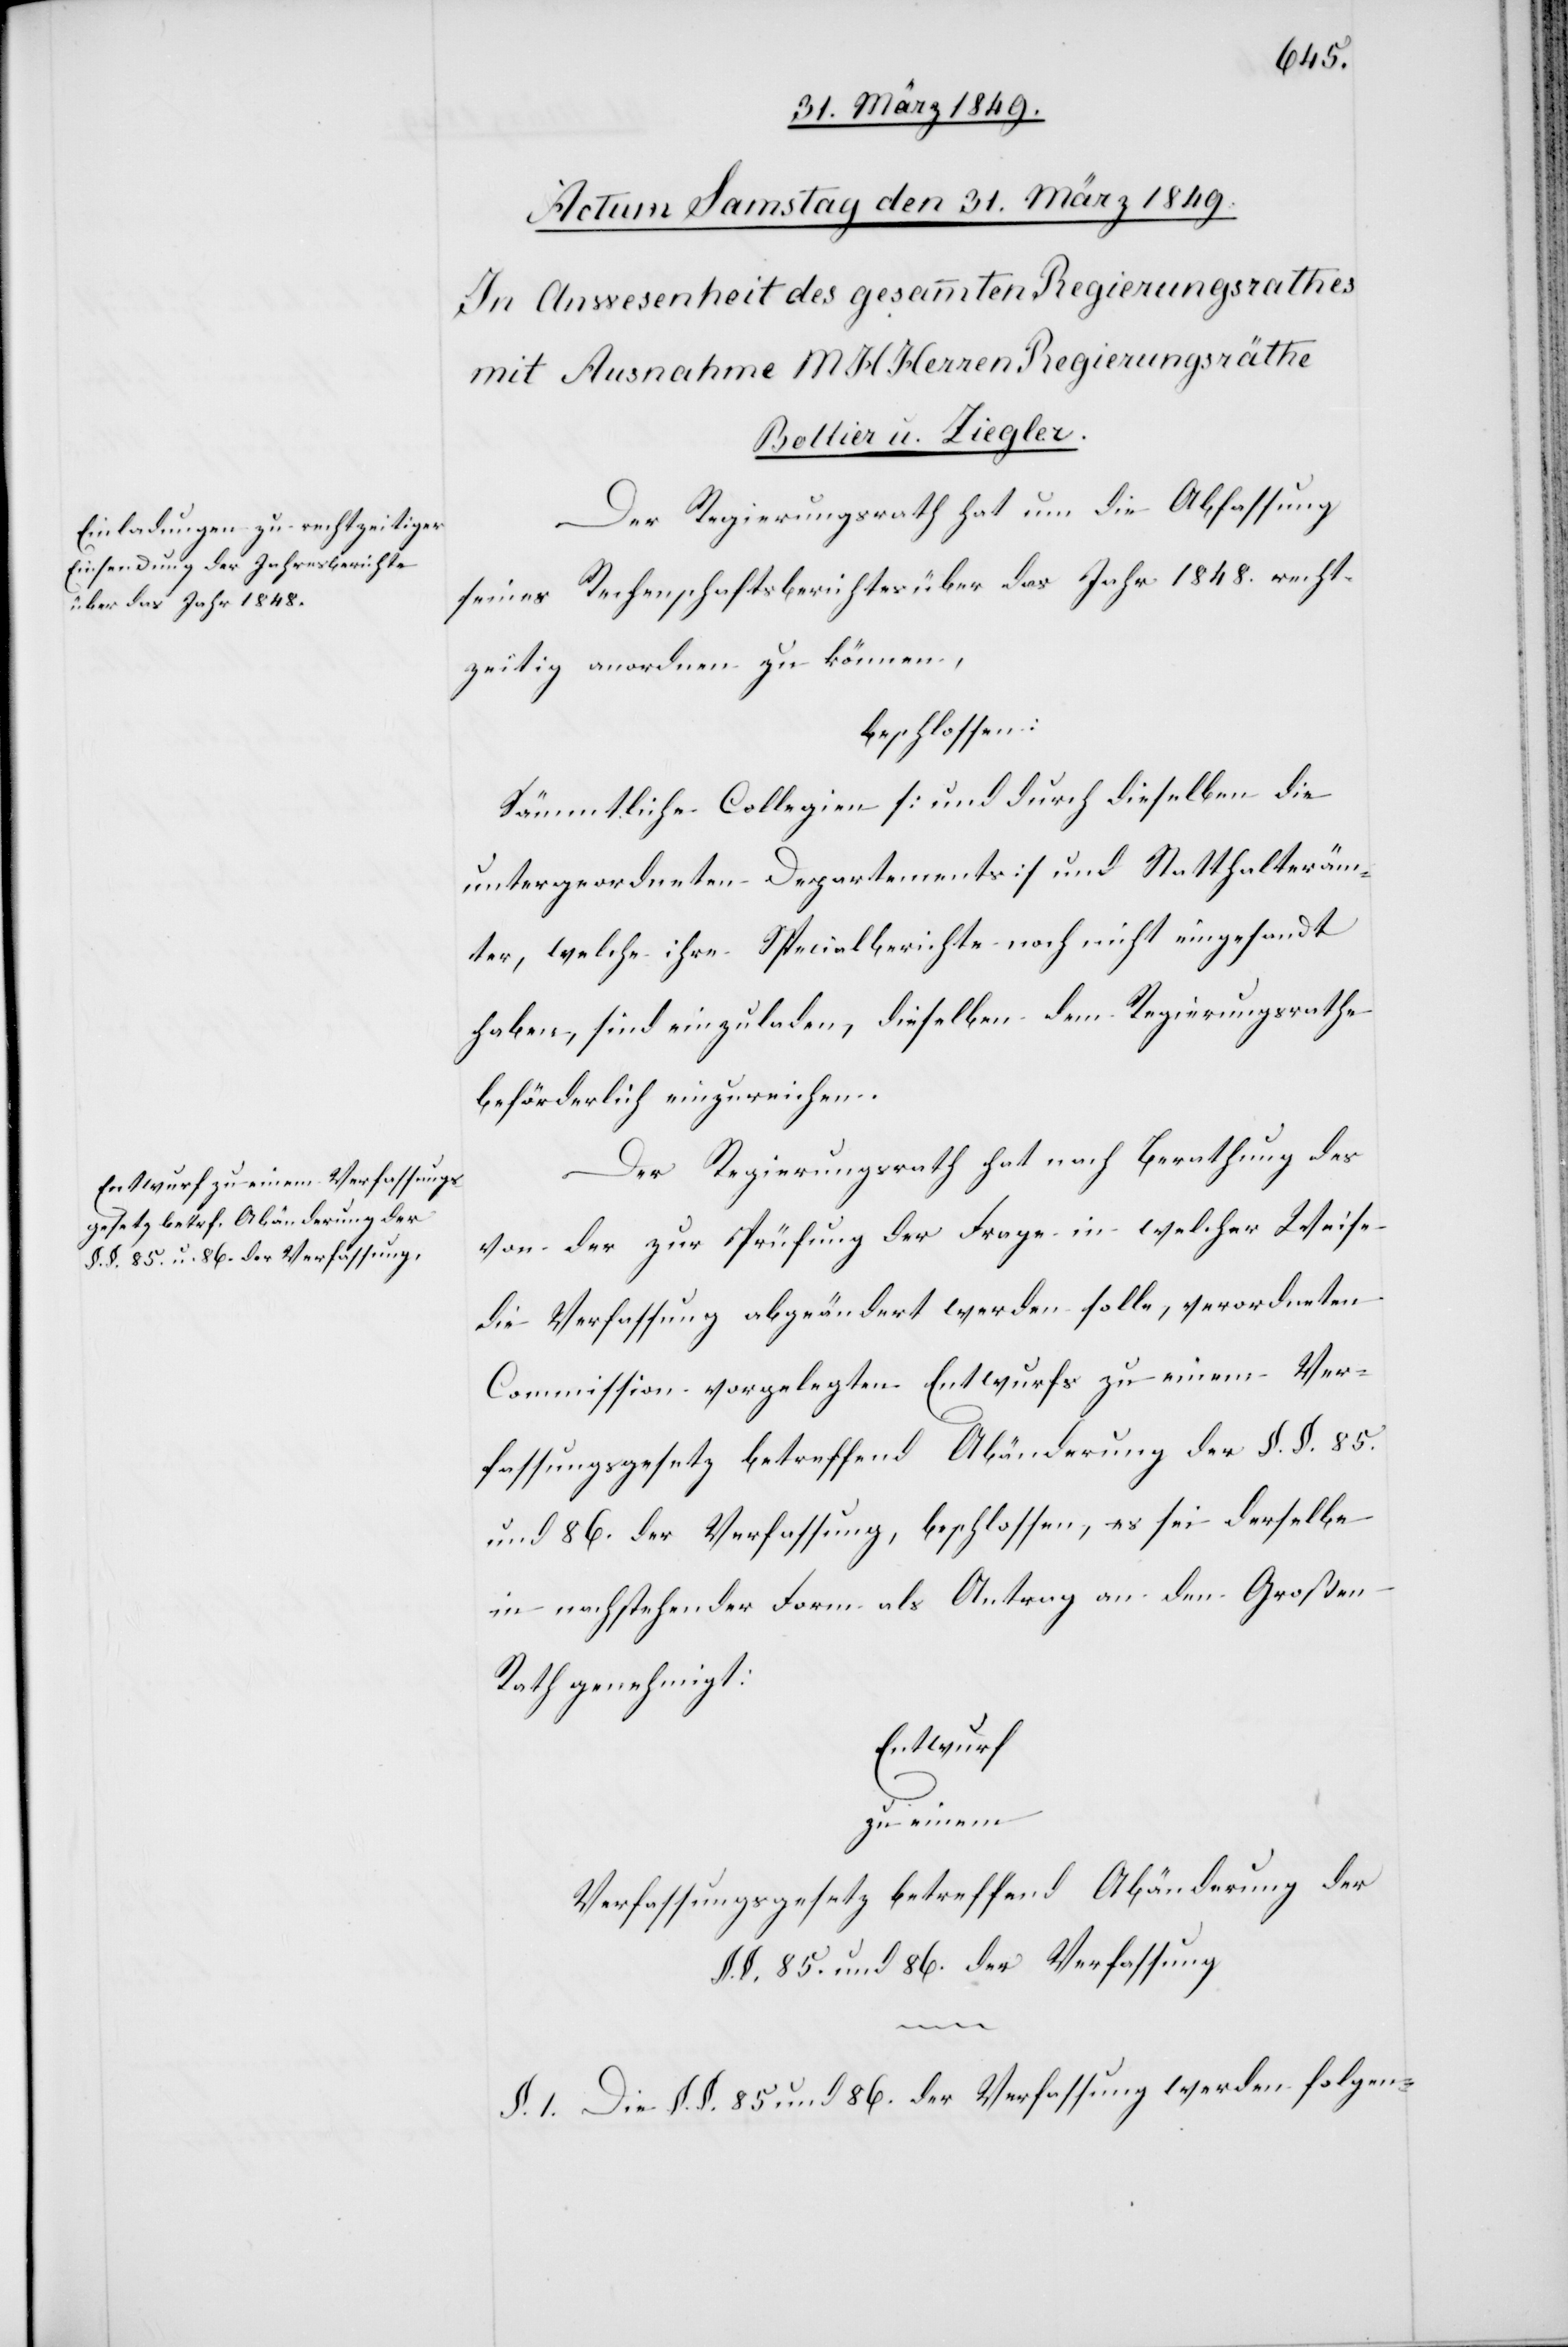
Der Regierungsrath hat um die Abfassung
seines Rechenschaftsberichtes über das Jahr 1848. recht¬
zeitig anordnen zu können,
beschlossen:
Sämmtliche Collegien [und durch dieselben die
untergeordneten Departements] und Statthalteräm¬
ter, welche ihre Specialberichte noch nicht eingesandt
haben, sind eingeladen, dieselben dem Regierungsrathe
beförderlich einzureichen.
Der Regierungsrath hat nach Berathung des
von der zur Prüfung der Frage in welcher Weise
die Verfassung abgeändert werden solle, verordneten
Commission vorgelegten Entwurfs zu einem Ver¬
fassungsgesetz betreffend Abänderung der §. §. 85.
und 86. der Verfassung, beschlossen, es sei derselbe
in nachstehender Form als Antrag an den Großen
Rath genehmigt:
Entwurf
zu einem
Verfassungsgesetz betreffend Abänderung der
§. §. 85. und 86. der Verfassung
§. 1. Die §. 85 und 86. der Verfassung werden folgen-